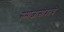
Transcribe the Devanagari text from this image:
समाजासोबतचे